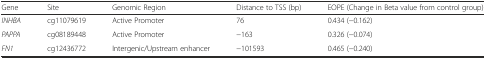
| Gene | Site | Genomic Region | Distance to TSS (bp) | EOPE (Change in Beta value from control group) |
 | --- | --- | --- | --- | --- |
 | INHBA | cg11079619 | Active Promoter | 76 | 0.434 (−0.162) |
 | PAPPA | cg08189448 | Active Promoter | −163 | 0.326 (−0.074) |
 | FN1 | cg12436772 | Intergenic/Upstream enhancer | −101593 | 0.465 (−0.240) |